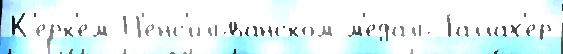
К'ерк'ем П'енс'ильванском м'еда́ль Галлах'ер